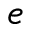
e